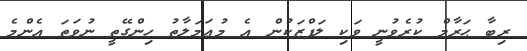
ރިބާ ޙަރާމް ކުރެވުނީ ވަކި ލަފްޒަކުން އެ މުޢަމަލާތު ހިންގޭތީ ނުވަތަ އެންމެ